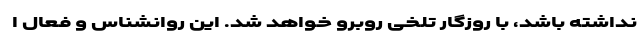
نداشته باشد، با روزگار تلخی روبرو خواهد شد. این روانشناس و فعال ا